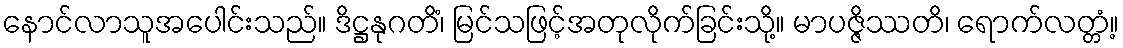
နောင်လာသူအပေါင်းသည်။ ဒိဋ္ဌနုဂတိံ၊ မြင်သဖြင့်အတုလိုက်ခြင်းသို့။ မာပဇ္ဇိဿတိ၊ ရောက်လတ္တံ့။